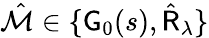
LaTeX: \hat{\mathcal{M}}\in\{ {\sf G}_{0}(s),\hat{\sf R}_{\lambda}\}